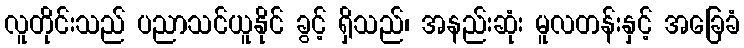
လူတိုင်းသည် ပညာသင်ယူနိုင် ခွင့် ရှိသည်၊ အနည်းဆုံး မူလတန်းနှင့် အခြေခံ